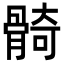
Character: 𩩛